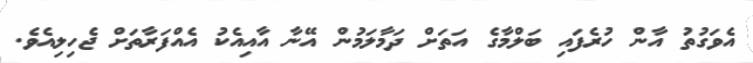
އެވަގުތު އާން ހުރެފައި ބަލްމާގެ އަތަށް ދަމާލަމުން އޭނާ އާއިއެކު އެއްފަރާތަށް ޖެހިލިއެވެ.